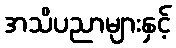
အသိပညာများနှင့်